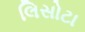
લિસોટા